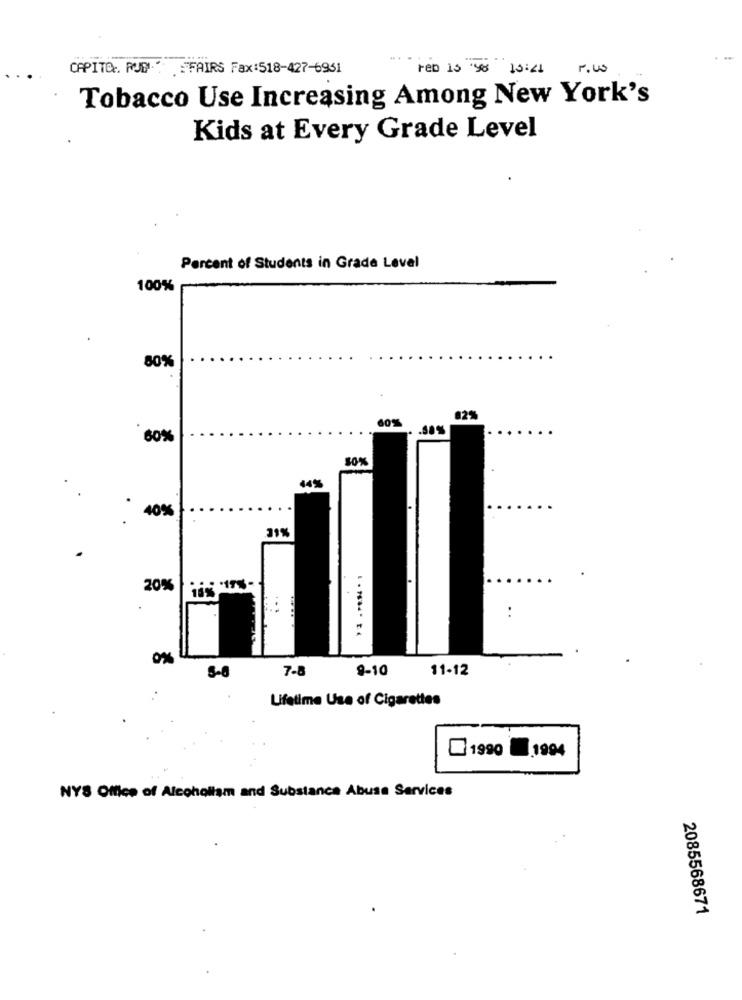
CAPITO. RUM .. . "FAIRS Fax:518-427-6951
red is 30 13:21
1.w
Tobacco Use Increasing Among New York's
Kids at Every Grade Level
Percent of Students in Grade Level
100%
80%
60%
...
60%
44%
. 40%
31%
20%
..
ON
7-8
9-10
11-12
5-6
Lifetime Use of Cigarettes
1990 1994
NYS Office of Alcoholism and Substance Abuse Services
2085568671